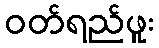
ဝတ်ရည်ဖူး